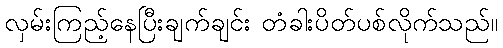
လှမ်းကြည့်နေပြီးချက်ချင်း တံခါးပိတ်ပစ်လိုက်သည်။